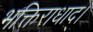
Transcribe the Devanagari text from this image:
भक्तिराधाद्।